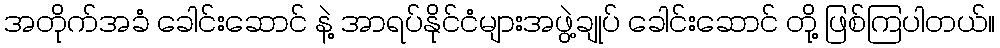
အတိုက်အခံ ခေါင်းဆောင် နဲ့ အာရပ်နိုင်ငံများအဖွဲ့ချုပ် ခေါင်းဆောင် တို့ ဖြစ်ကြပါတယ်။